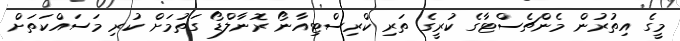
މީގެ އިތުރުން މެންޗެސްޓާގެ ކުރީގެ ތަރި ކްރިސްޓިއާނޯ ރޮނާލްޑޯ ގަތުމަށް ކުރި މަސައްކަތަށް